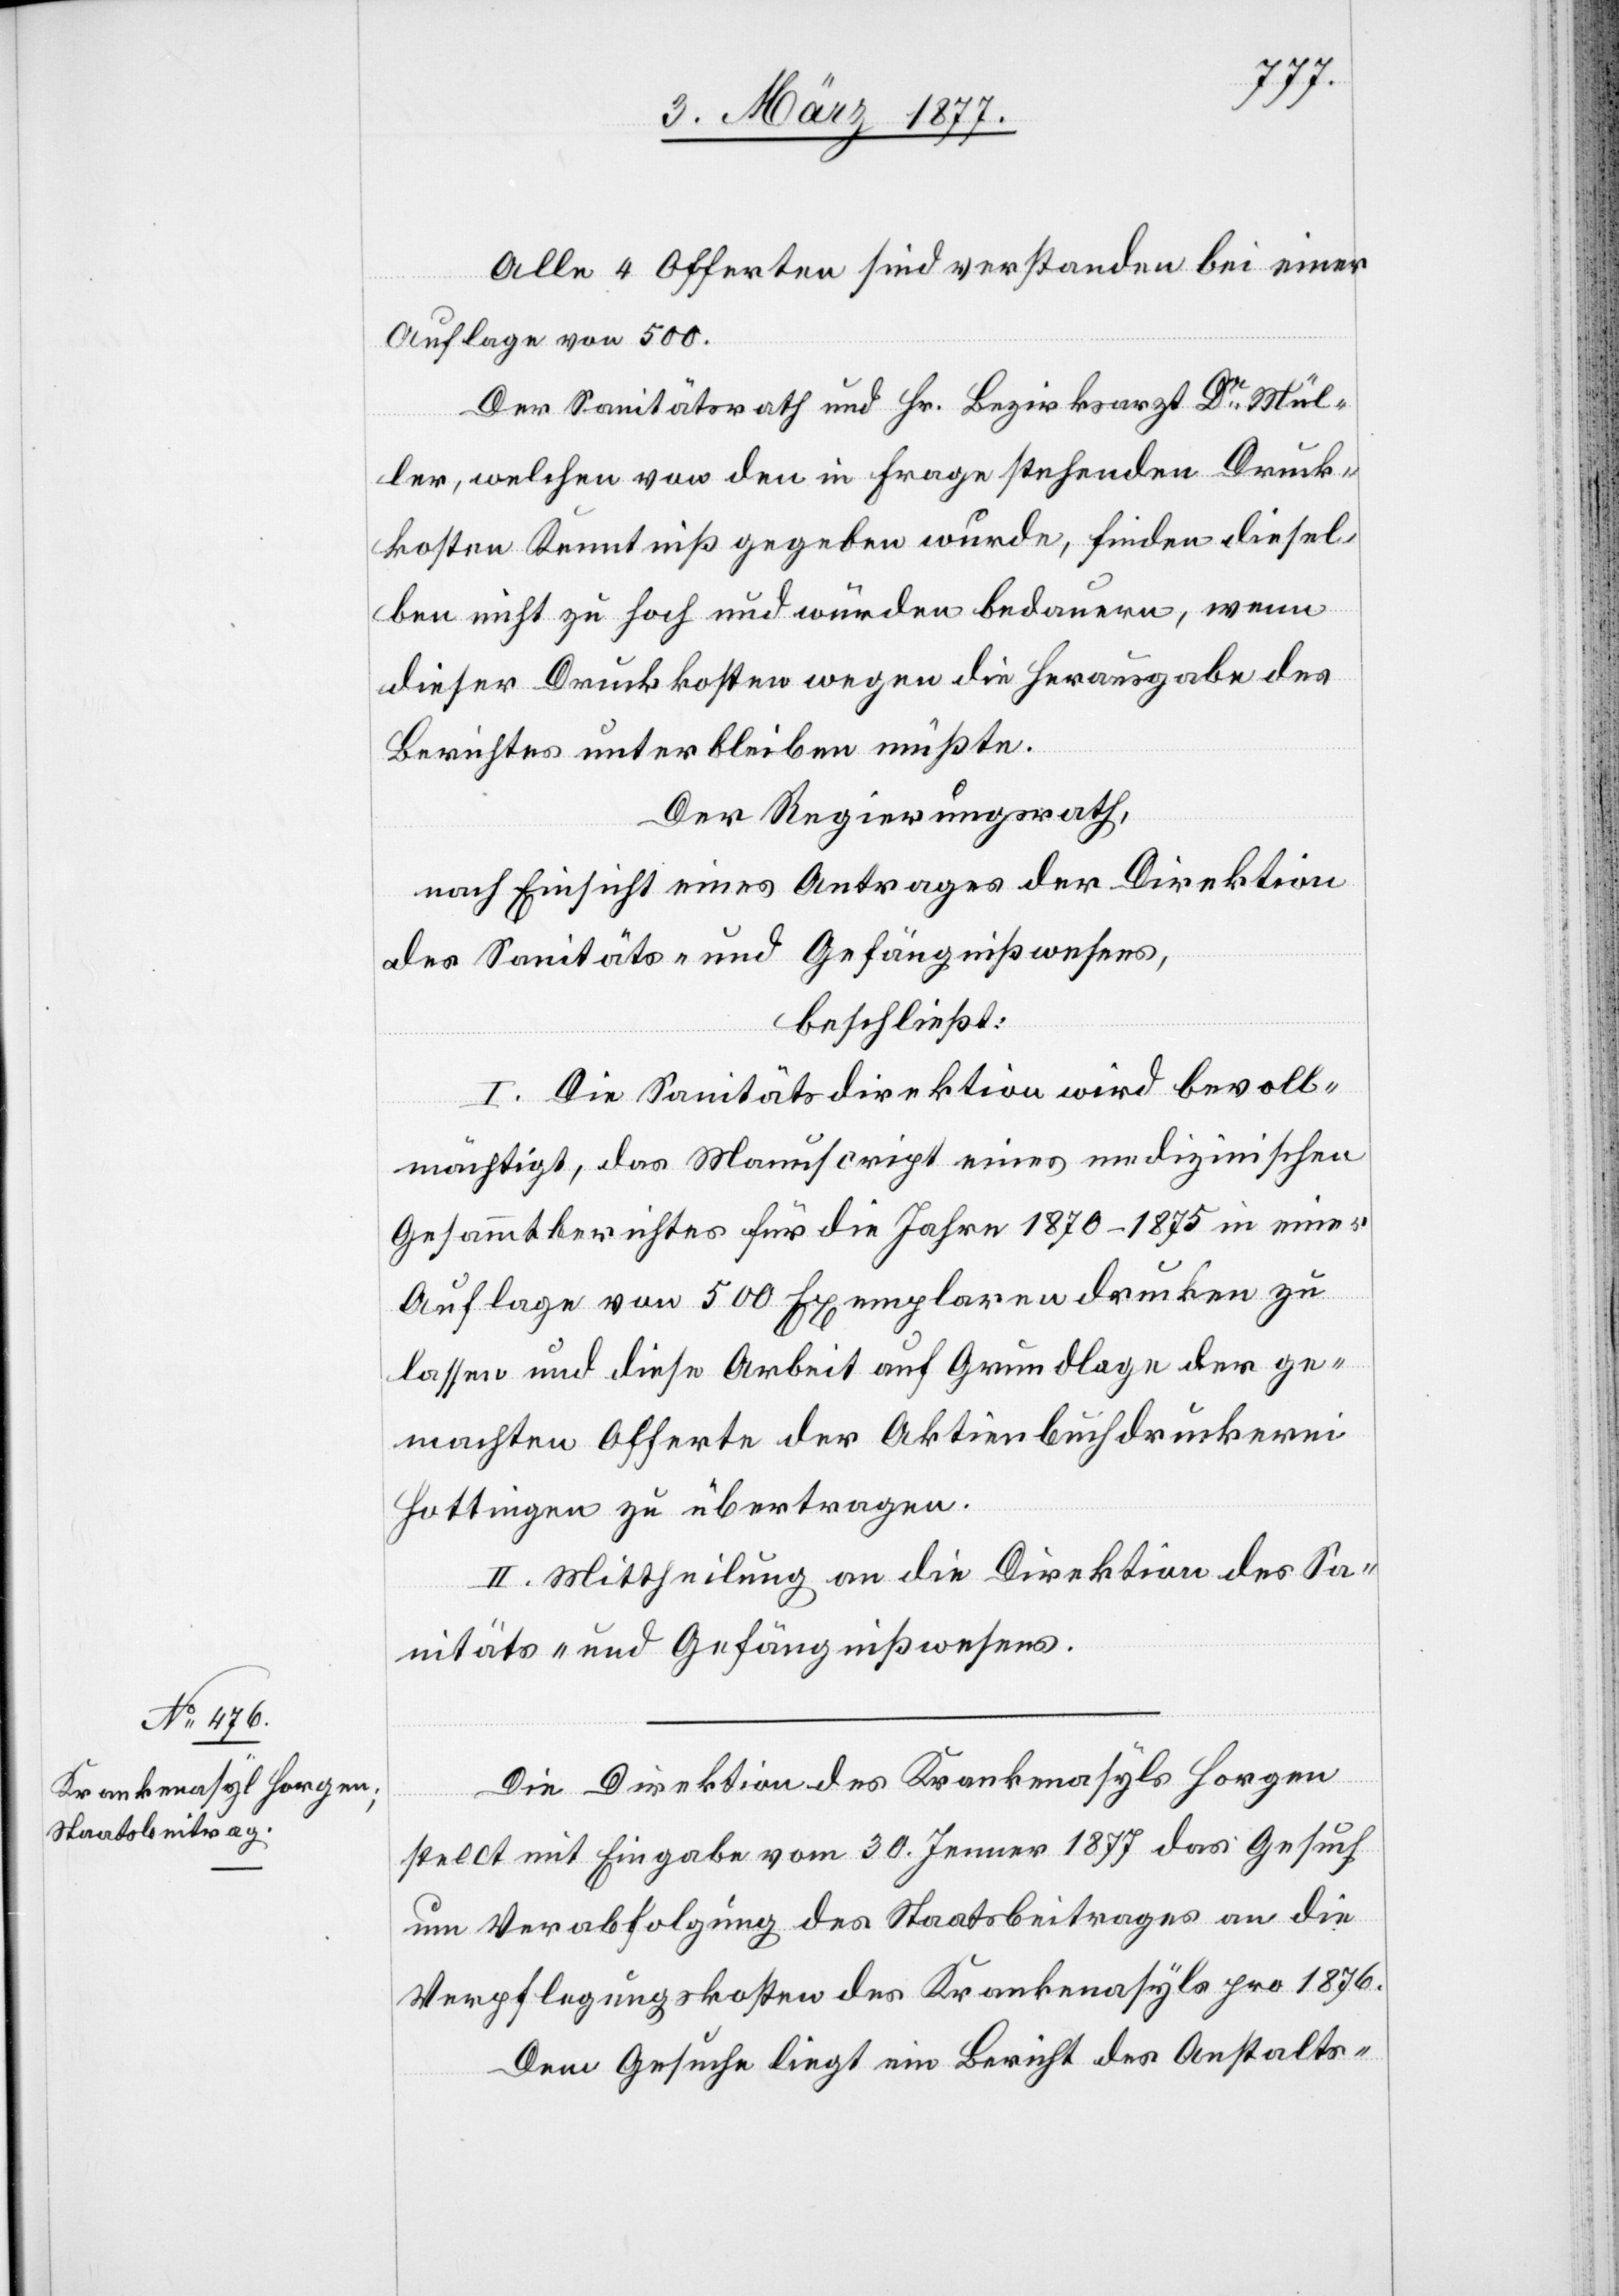
Alle 4 Offerten sind verstanden bei einer
Auflage von 500.
Der Sanitätsrath und Hr. Bezirksarzt Dr Mül¬
ler, welchen von den in Frage stehenden Druck¬
kosten Kenntniß gegeben wurde, finden diesel¬
ben nicht zu hoch und würden bedauern, wenn
dieser Druckkosten wegen die Herausgabe des
Berichtes unterbleiben müßte.
Der Regierungsrath,
nach Einsicht eines Antrages der Direktion
des Sanitäts- und Gefängnißwesens,
beschließt:
I. Die Sanitätsdirektion wird bevoll¬
mächtigt, das Manuscript eines medizinischen
Gesammtberichtes für die Jahre 1870–1875 in einer
Auflage von 500 Exemplaren drucken zu
lassen und diese Arbeit auf Grundlage der ge¬
machten Offerte der Aktienbuchdruckerei
Hottingen zu übertragen.
II. Mittheilung an die Direktion des Sa¬
nitäts- und Gefängnißwesens.